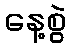
နေ့စွဲ